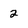
Character: 2